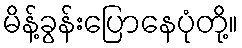
မိန့်ခွန်းပြောနေပုံတို့။